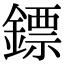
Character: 鏢